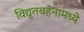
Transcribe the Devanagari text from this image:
विद्युतवहनामध्ये